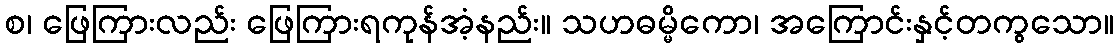
စ၊ ဖြေကြားလည်း ဖြေကြားရကုန်အံ့နည်း။ သဟဓမ္မိကော၊ အကြောင်းနှင့်တကွသော။